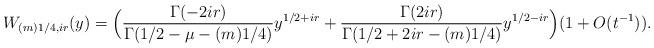
LaTeX: \begin{align*}W_{ (m)1/4, ir } (y)= \Big(\frac{\Gamma(-2ir)}{\Gamma(1/2-\mu-(m)1/4)}y^{1/2+ir} +\frac{\Gamma(2ir)}{\Gamma(1/2+2ir-(m)1/4)}y^{1/2-ir} \Big)(1+O(t^{-1})).\end{align*}